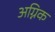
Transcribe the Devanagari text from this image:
अग्निक